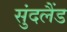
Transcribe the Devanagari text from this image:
सुंदलैंड